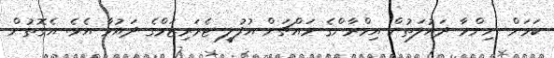
ކަމަށް ނިންމާ ދައުލަތުން އިމްރާންގެ މައްޗަށް އުފުލީ ޓެރަރިޒަމްގެ ދައުވާ އެވެ. އެގޮތުން